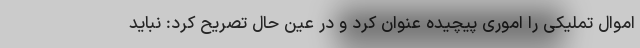
اموال تملیکی را اموری پیچیده عنوان کرد و در عین حال تصریح کرد: نباید